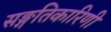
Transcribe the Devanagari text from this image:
सङ्गतिकारिणी